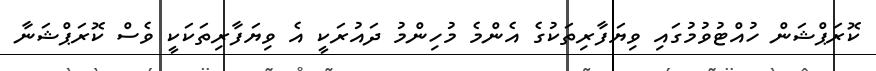
ކޮރަޕްޝަން ހުއްޓުވުމުގައި ވިޔަފާރިތަކުގެ އެންމެ މުހިންމު ދައުރަކީ އެ ވިޔަފާރިތަކަކީ ވެސް ކޮރަޕްޝަނާ